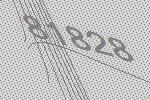
81828